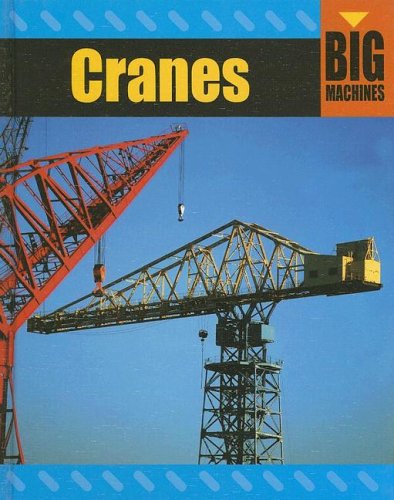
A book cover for Cranes (Big Machines); David Glover; Children's Books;